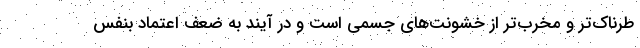
طرناک‌تر و مخرب‌تر از خشونت‌های جسمی است و در آیند به ضعف اعتماد بنفس